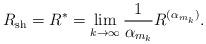
LaTeX: \begin{align*}R_{\mathrm{sh}}=R^{*}=\lim_{k\to\infty}\frac{1}{\alpha_{m_{k}}}R^{(\alpha_{m_{k}})}.\end{align*}